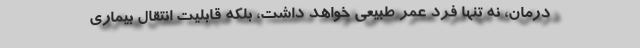
درمان، نه تنها فرد عمر طبیعی خواهد داشت، بلکه قابلیت انتقال بیماری